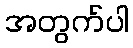
အတွက်ပါ